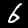
Digit: 6